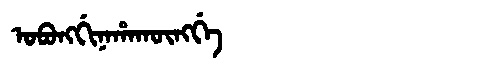
Manchu: ᠣᠪᠣᠩᡤᡳᠨᠠᡥᠠᡴᡡᠩᡤᡝ
Romanization: OBONGGINAHAKŪNGGE